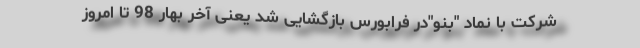
شرکت با نماد "بنو"در فرابورس بازگشایی شد یعنی آخر بهار 98 تا امروز